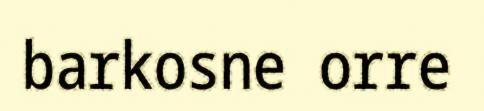
barkosne orre